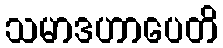
သမာဒဟာပေတိ